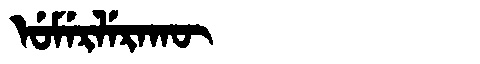
Manchu: ᡠᠮᡝᡵᠯᡝᡵᠠᡴᡡ
Romanization: UMERLERAKŪ